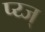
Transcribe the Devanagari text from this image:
प्य्ज्